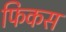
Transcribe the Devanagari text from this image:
फिकस